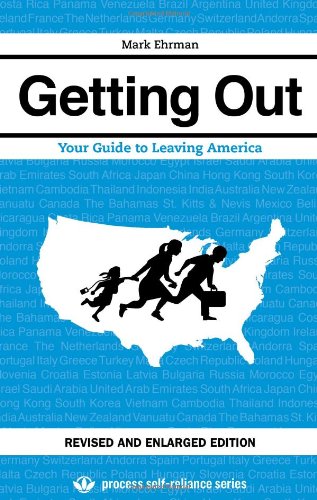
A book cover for Getting Out: Your Guide to Leaving America (Updated and Expanded Edition) (Process Self-reliance Series); Mark Ehrman; Politics & Social Sciences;